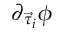
\partial _ { \vec { \tau } _ { i } } \phi